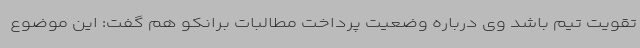
تقویت تیم باشد وی درباره وضعیت پرداخت مطالبات برانکو هم گفت: این موضوع